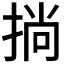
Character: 𢮐